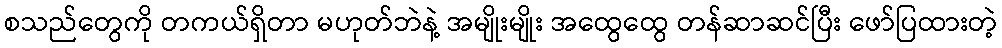
စသည်တွေကို တကယ်ရှိတာ မဟုတ်ဘဲနဲ့ အမျိုးမျိုး အထွေထွေ တန်ဆာဆင်ပြီး ဖော်ပြထားတဲ့